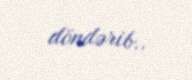
döndərib..